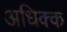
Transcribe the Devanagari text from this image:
अधिक्क